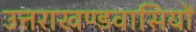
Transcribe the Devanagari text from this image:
उत्तराखण्डवासियों